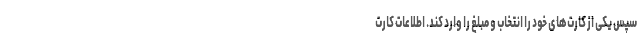
سپس یکی از کارت‌های خود را انتخاب و مبلغ را وارد کند. اطلاعات کارت